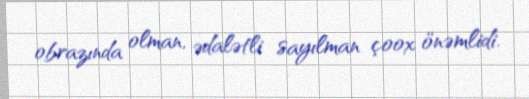
obrazında olman, ədalətli sayılman çoox önəmlidi.